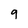
Character: g